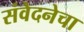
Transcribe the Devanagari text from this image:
संवेदनेचा